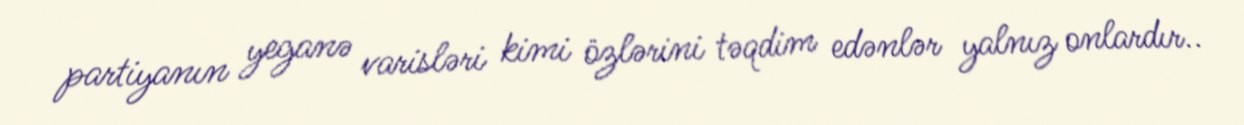
partiyanın yeganə varisləri kimi özlərini təqdim edənlər yalnız onlardır..